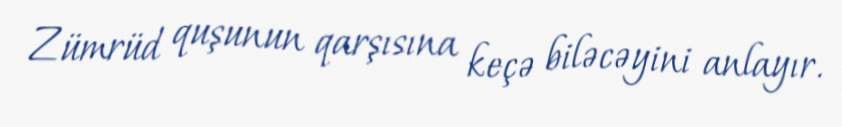
Zümrüd quşunun qarşısına keçə biləcəyini anlayır.